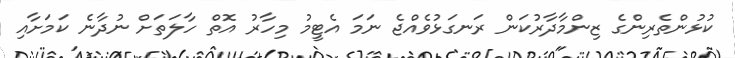
ކުޅުންތެރިންގެ ޒިންމާދާރުކަން ރަނގަޅުވެއްޖެ ނަމަ އެޓީމު މިހާރު އޮތް ހާލަތަށް ނުދާނެ ކަމަށާއި